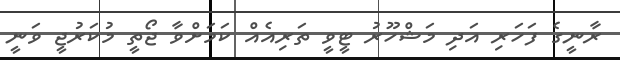
ރާނީގެ ފަހަރި އަދި މަޝްހޫރު ޓީވީ ތަރިއެއް ކަމަށްވާ ޖޯތީ މުކަރުޖީ ވަނީ